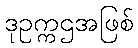
ဒုဥက္ကဌအဖြစ်